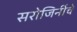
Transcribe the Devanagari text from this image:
सरोजिनींचे